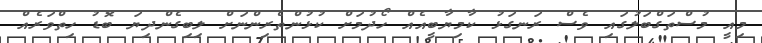
މިއީ މުސްތަގްބަލުގައި ވެސް ރަނގަޅު ކާމިޔާބީއެއް ހޯދުމަށް ކުޅުންތެރިންނަށް ލިބިގެންދިޔަ ބޮޑު ހިތްވަރެއް